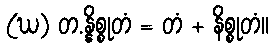
(ဃ) တ.န္နိစ္စုတံ = တံ + နိစ္စုတံ။